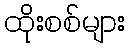
ထိုးစစ်များ